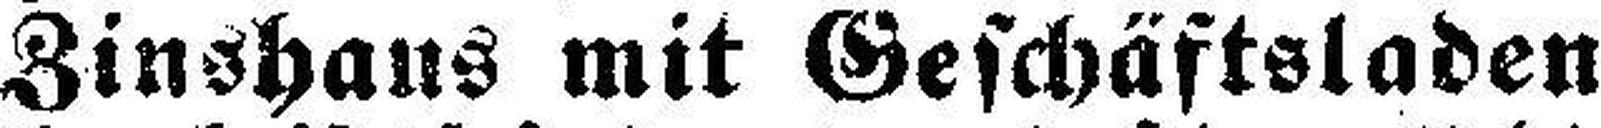
Zinshaus mit Geschäftsladen